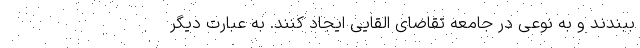
ببندند و به نوعی در جامعه تقاضای القایی ایجاد کنند. به عبارت دیگر